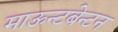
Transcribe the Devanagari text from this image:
माऊन्टबेन्टन